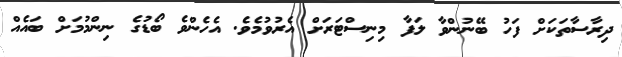
ދިރާސާތަކަށް ފަހު ބޭނުންވާ ލަފާ މިނިސްޓަރަށް އެރުވުމެވެ. އެހެންވެ ބޯޑުގެ ނިންމުމަށް ބައެއް